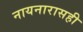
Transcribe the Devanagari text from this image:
नायनारासही